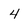
Character: 4